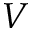
V